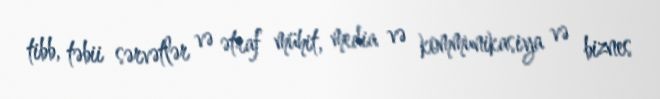
tibb, təbii sərvətlər və ətraf mühit, media və kommunikasiya və biznes